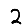
Digit: 2